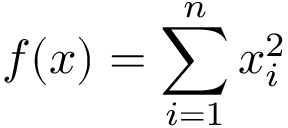
f ( { \boldsymbol { x } } ) = \sum _ { i = 1 } ^ { n } x _ { i } ^ { 2 }